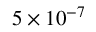
5 \times 1 0 ^ { - 7 }